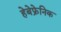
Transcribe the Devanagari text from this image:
हेबेफ्रेनिक